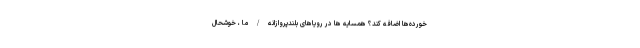
‌خورده‌ها اضافه کند؟ همسایه ها در رویاهای بلندپروازانه / ما ، خوشحال